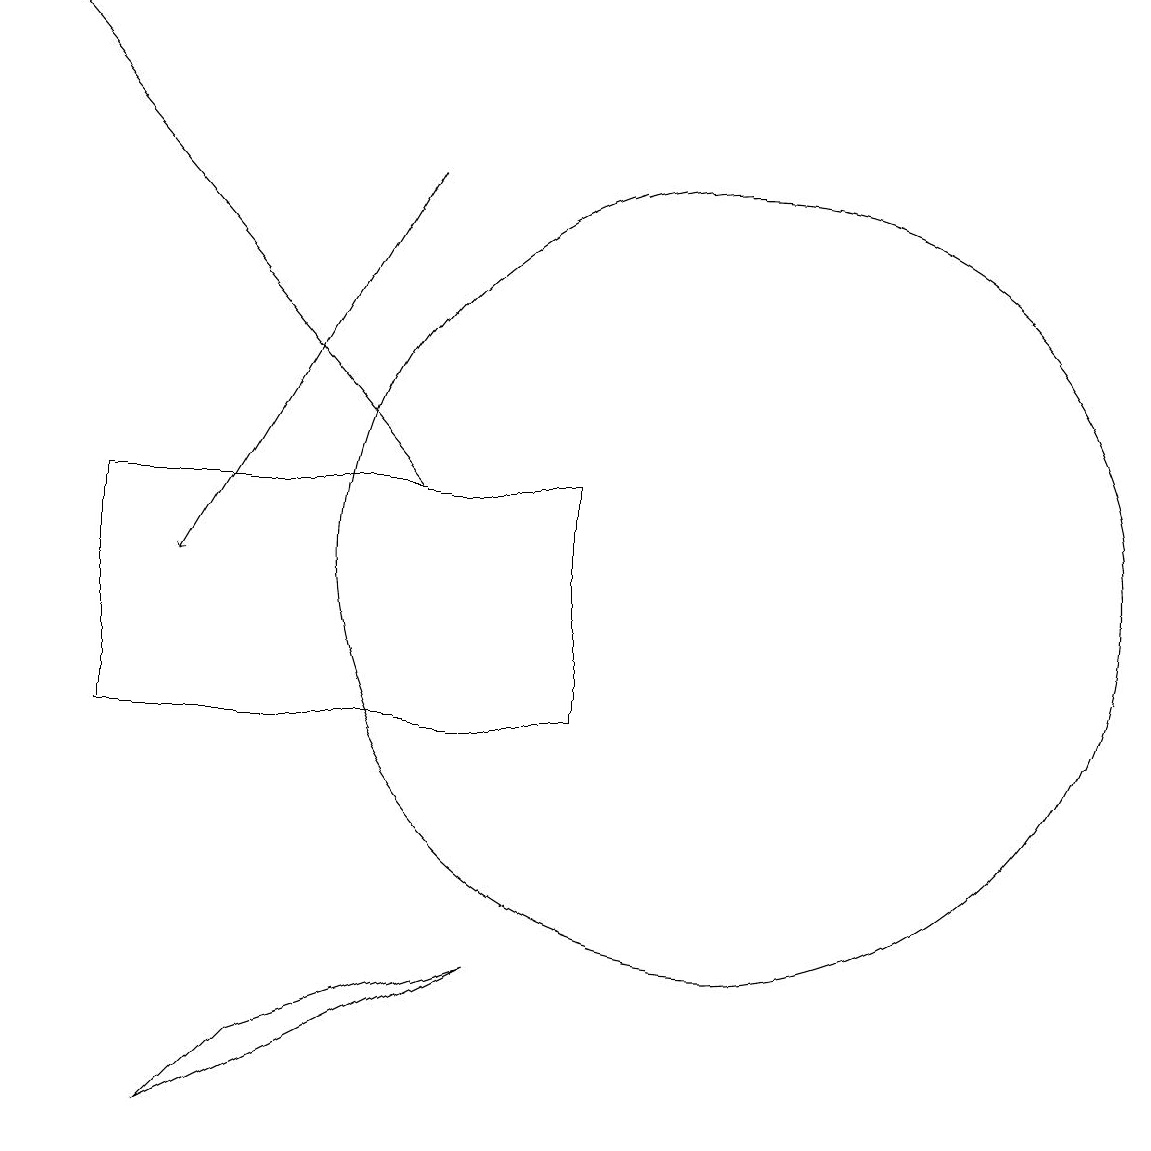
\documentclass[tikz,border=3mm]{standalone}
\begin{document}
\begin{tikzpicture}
\draw (3,10) rectangle (9,13);
\draw[->] (7,17) -- (4,12);
\draw (8,7) -- (5,6) -- (4,5) -- cycle;
\draw[->] (7,13) -- (2,19);
\draw (11,12) circle (5);
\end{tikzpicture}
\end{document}